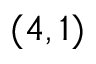
( 4 , 1 )